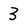
Character: 3